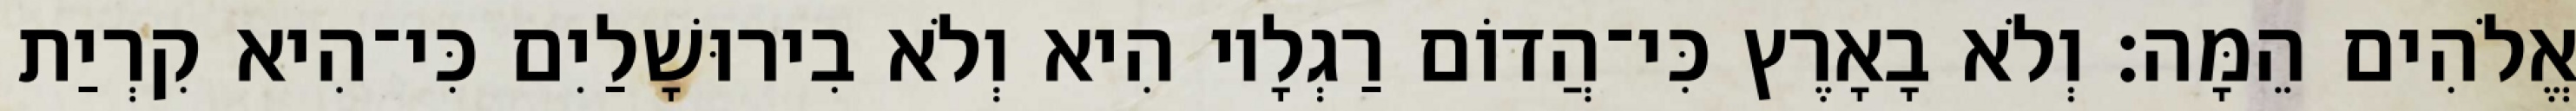
אֱלֹהִים הֵמָּה׃ וְלֹא בָאָרֶץ כִּי־הֲדוֹם רַגְלָיו הִיא וְלֹא בִירוּשָׁלַיִם כִּי־הִיא קִרְיַת